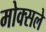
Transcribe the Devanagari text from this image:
मोक्सले